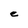
Character: e